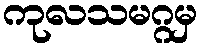
ကုလသမဂ္ဂမှ